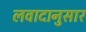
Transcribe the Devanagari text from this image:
लवादानुसार